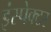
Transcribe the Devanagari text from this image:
इंस्‍पेक्‍टर